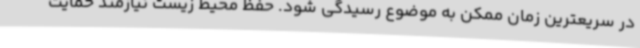
در سریعترین زمان ممکن به موضوع رسیدگی شود. حفظ محیط زیست نیازمند حمایت